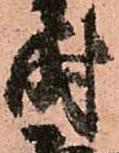
時